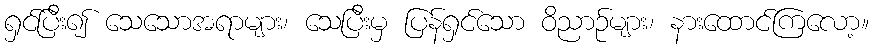
ရှင်ပြီး၍ သေသောအရာများ၊ သေပြီးမှ ပြန်ရှင်သော ဝိညာဉ်များ၊ နားထောင်ကြလော့။